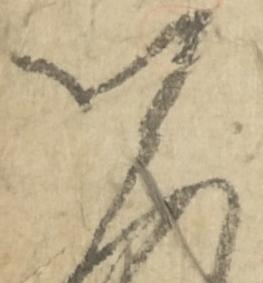
資